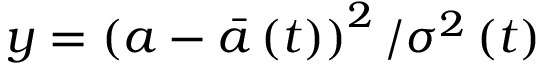
y = \left( a - \bar { a } \left( t \right) \right) ^ { 2 } / \sigma ^ { 2 } \left( t \right)